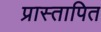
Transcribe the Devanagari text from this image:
प्रास्तापित